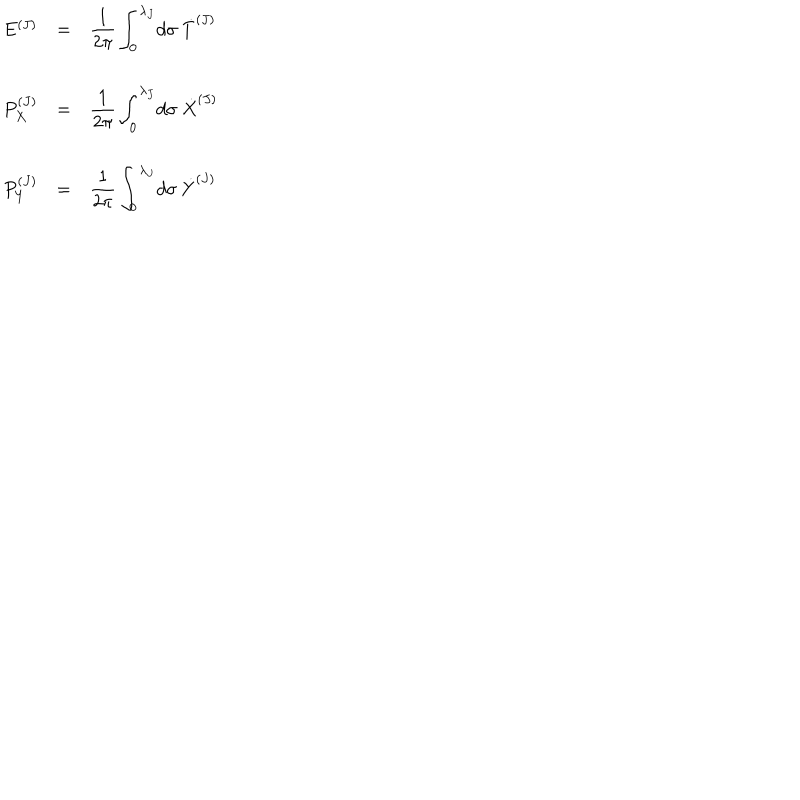
\begin{array} { l c l } { { E ^ { ( J ) } } } & { { = } } & { { { \displaystyle \frac { 1 } { 2 \pi } \int _ { 0 } ^ { \lambda _ { J } } \! d \sigma ~ { \dot { T } } ^ { ( J ) } } } } \\ { { } } & { { } } & { { } } \\ { { P _ { X } ^ { ( J ) } } } & { { = } } & { { { \displaystyle \frac { 1 } { 2 \pi } \int _ { 0 } ^ { \lambda _ { J } } \! d \sigma { } ~ { \dot { X } } ^ { ( J ) } } } } \\ { { } } & { { } } & { { } } \\ { { P _ { Y } ^ { ( J ) } } } & { { = } } & { { { \displaystyle \frac { 1 } { 2 \pi } \int _ { 0 } ^ { \lambda _ { J } } \! d \sigma { } ~ { \dot { Y } } ^ { ( J ) } } } } \\ \end{array}